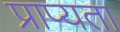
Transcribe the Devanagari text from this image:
प्राप्यता